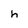
Character: h